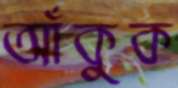
আঁকুক